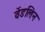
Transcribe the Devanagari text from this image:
वेंडलिन